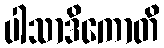
ပါသာဒိကောတိ